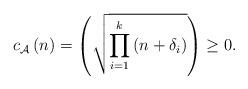
LaTeX: \begin{align*}c_{\mathcal{A}}\left( n\right) =\left( \sqrt{\prod_{i=1}^{k}\left(n+\delta_{i}\right) }\right) \geq0. \end{align*}